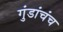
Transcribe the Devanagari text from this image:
गुंडांचंच